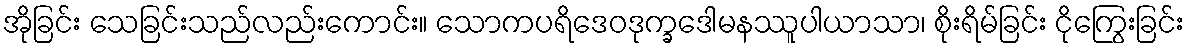
အိုခြင်း သေခြင်းသည်လည်းကောင်း။ သောကပရိဒေဝဒုက္ခဒေါမနဿူပါယာသာ၊ စိုးရိမ်ခြင်း ငိုကြွေးခြင်း